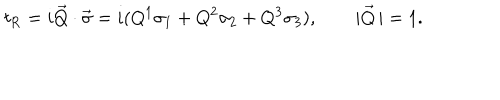
t _ { \mathrm { R } } = i \vec { Q } \cdot \vec { \sigma } = i ( Q ^ { 1 } \sigma _ { 1 } + Q ^ { 2 } \sigma _ { 2 } + Q ^ { 3 } \sigma _ { 3 } ) , \qquad | \vec { Q } \, | = 1 .